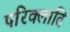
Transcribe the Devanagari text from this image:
परिक्लांति